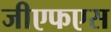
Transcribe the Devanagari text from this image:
जीएफएस